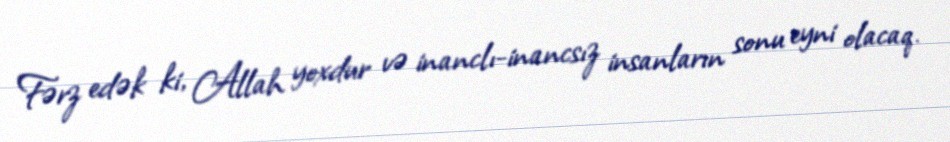
Fərz edək ki, Allah yoxdur və inanclı-inancsız insanların sonu eyni olacaq.